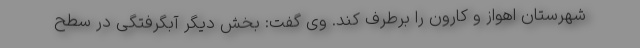
شهرستان اهواز و کارون را برطرف کند. وی گفت: بخش دیگر آبگرفتگی در سطح